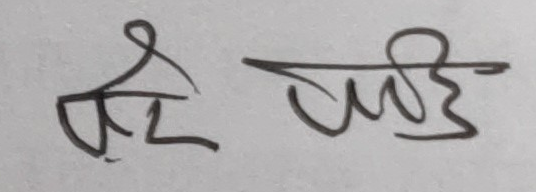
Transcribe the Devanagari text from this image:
सृष्टि